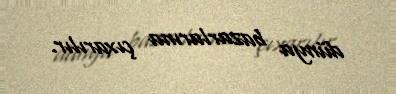
dünya bazarlarına çıxarılır.